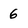
Character: 6